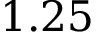
1 . 2 5